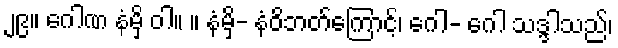
၂၉။ ဂေါဏ နံမှိ ဝါ။ ။ နံမှိ- နံဝိဘတ်ကြောင့်၊ ဂေါ- ဂေါ သဒ္ဒါသည်၊